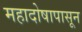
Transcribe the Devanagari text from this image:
महादोषापासून